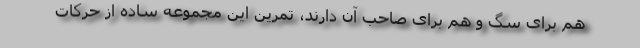
هم برای سگ و هم برای صاحب آن دارند، تمرین این مجموعه ساده از حرکات